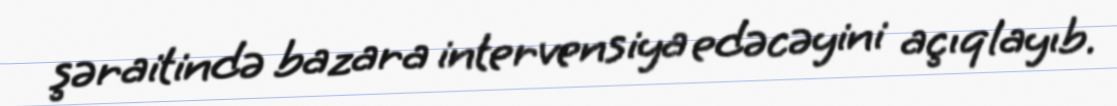
şəraitində bazara intervensiya edəcəyini açıqlayıb.